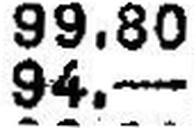
94.—